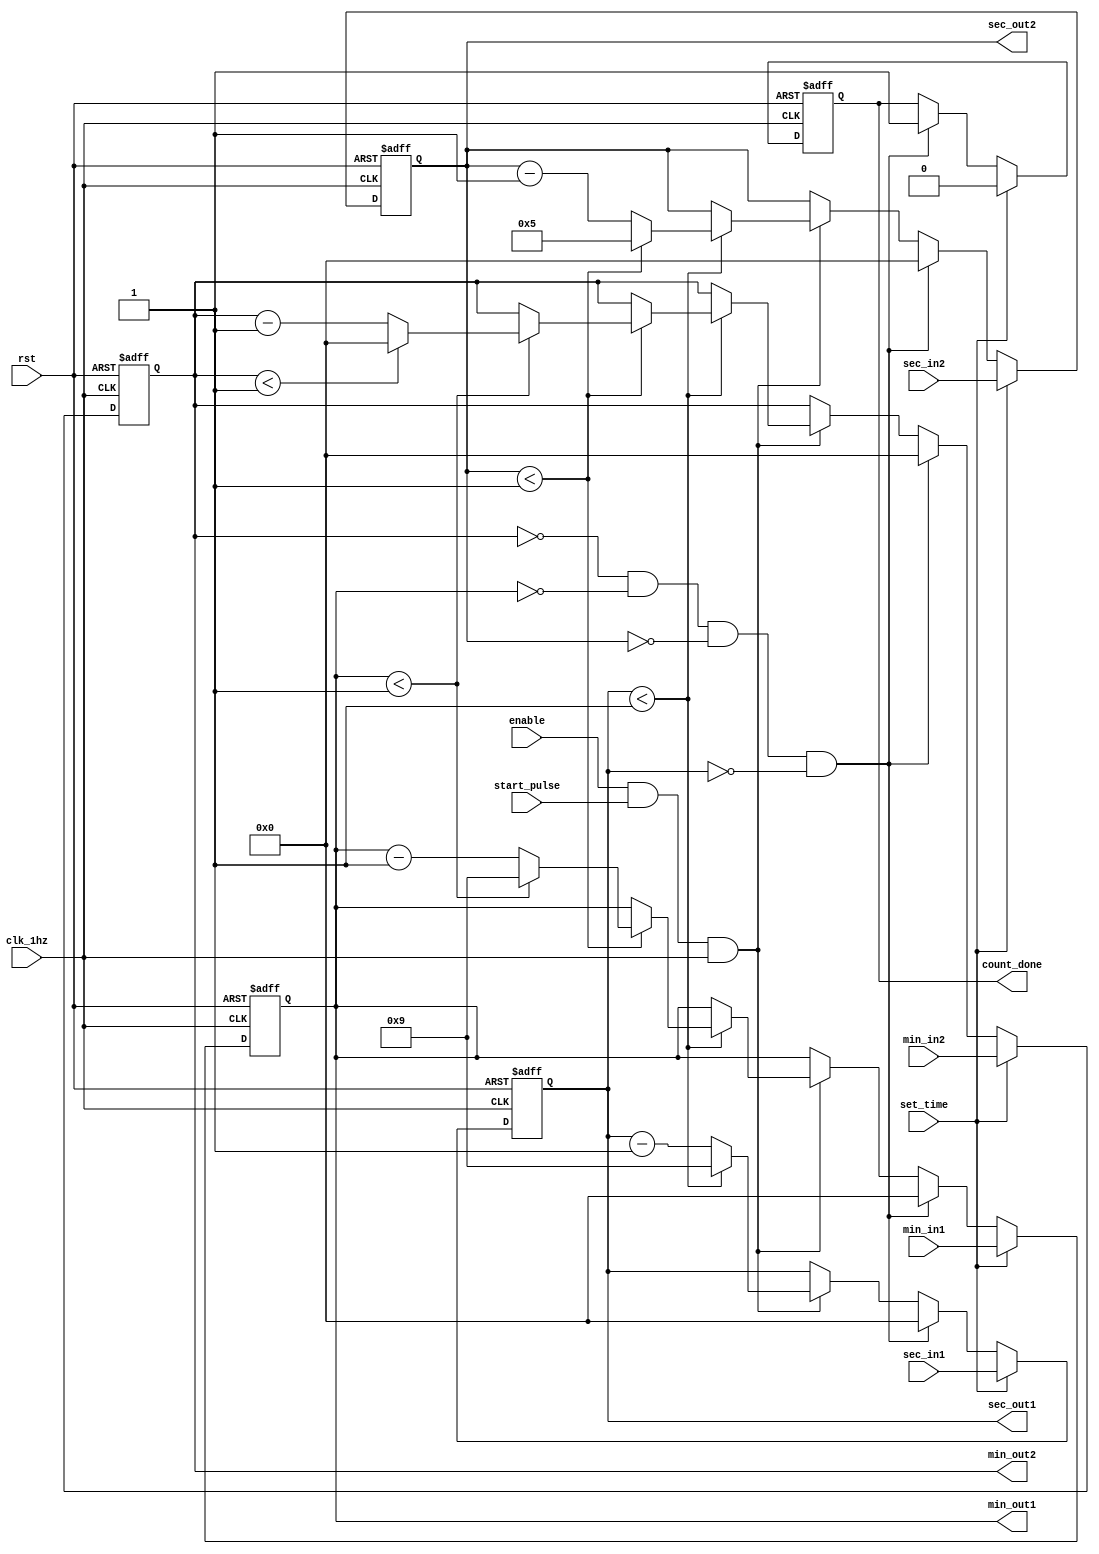
`timescale 1ns / 1ps

module count_time(
    input [3:0] sec_in1, //load value inputs
    input [3:0] min_in1,
    input [3:0] sec_in2,
    input [3:0] min_in2,
    //input clk,
    input clk_1hz,
    input enable,//enable
    input start_pulse,//start pulse
    input set_time,//load active
    input rst,//reset
    output reg [3:0] sec_out1,//segment ouputs
    output reg [3:0] min_out1,
    output reg [3:0] sec_out2,
    output reg [3:0] min_out2,
    output reg count_done //count done signal
    );

always @ (posedge rst or posedge clk_1hz)begin //posedge clk or or posedge start_pulse
    if (rst) begin//async reset
        count_done <= 1;
        sec_out1 <= 0;
        sec_out2 <= 0;
        min_out1 <= 0;
        min_out2 <= 0;
        
    end else if(set_time)begin//if load is active, we load output registers with input values
        count_done <= 0;
        sec_out1 <= sec_in1;
        sec_out2 <= sec_in2;
        min_out1 <= min_in1;
        min_out2 <= min_in2;
        
    end else if (min_out2 == 0 && min_out1 == 0 && sec_out2 == 0 && sec_out1 ==0) begin
        count_done <= 1;//if the count is done or reset, we signal master controller
        sec_out1 <= 0;
        sec_out2 <= 0;
        min_out1 <= 0;
        min_out2 <= 0;
        
    end else if(enable && start_pulse && clk_1hz)begin //else we countdown until 0
        sec_out1 <= sec_out1 - 1;
        if (sec_out1 < 1) begin
            sec_out2 <= sec_out2 - 1;
            sec_out1 <= 9;
            if (sec_out2 < 1) begin
                min_out1 <= min_out1 - 1;
                sec_out2 <= 5;
                if (min_out1 < 1) begin
                    min_out2 <= min_out2 - 1;
                    min_out1 <= 9;
                    if (min_out2 < 1) begin
                        min_out2 <= 0;
                    end
                end 
            end
        end
    end 
//    else begin
//        sec_out1 <= sec_out1;
//        sec_out2 <= sec_out2;
//        min_out1 <= min_out1;
//        min_out2 <= min_out2;
//    end
end
    
endmodule